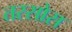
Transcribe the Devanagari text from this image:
तस्सोस